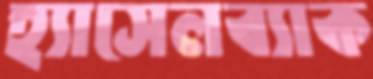
হ্যাসেলব্যাক